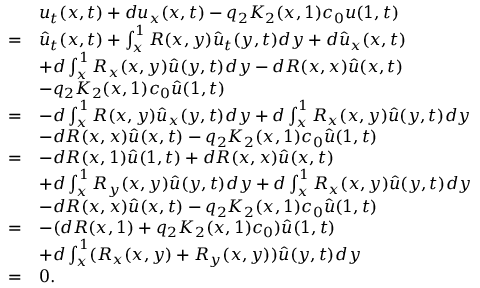
\begin{array} { r l } & { u _ { t } ( x , t ) + d u _ { x } ( x , t ) - q _ { 2 } K _ { 2 } ( x , 1 ) c _ { 0 } u ( 1 , t ) } \\ { = } & { \hat { u } _ { t } ( x , t ) + \int _ { x } ^ { 1 } R ( x , y ) \hat { u } _ { t } ( y , t ) d y + d \hat { u } _ { x } ( x , t ) } \\ & { + d \int _ { x } ^ { 1 } R _ { x } ( x , y ) \hat { u } ( y , t ) d y - d R ( x , x ) \hat { u } ( x , t ) } \\ & { - q _ { 2 } K _ { 2 } ( x , 1 ) c _ { 0 } \hat { u } ( 1 , t ) } \\ { = } & { - d \int _ { x } ^ { 1 } R ( x , y ) \hat { u } _ { x } ( y , t ) d y + d \int _ { x } ^ { 1 } R _ { x } ( x , y ) \hat { u } ( y , t ) d y } \\ & { - d R ( x , x ) \hat { u } ( x , t ) - q _ { 2 } K _ { 2 } ( x , 1 ) c _ { 0 } \hat { u } ( 1 , t ) } \\ { = } & { - d R ( x , 1 ) \hat { u } ( 1 , t ) + d R ( x , x ) \hat { u } ( x , t ) } \\ & { + d \int _ { x } ^ { 1 } R _ { y } ( x , y ) \hat { u } ( y , t ) d y + d \int _ { x } ^ { 1 } R _ { x } ( x , y ) \hat { u } ( y , t ) d y } \\ & { - d R ( x , x ) \hat { u } ( x , t ) - q _ { 2 } K _ { 2 } ( x , 1 ) c _ { 0 } \hat { u } ( 1 , t ) } \\ { = } & { - ( d R ( x , 1 ) + q _ { 2 } K _ { 2 } ( x , 1 ) c _ { 0 } ) \hat { u } ( 1 , t ) } \\ & { + d \int _ { x } ^ { 1 } ( R _ { x } ( x , y ) + R _ { y } ( x , y ) ) \hat { u } ( y , t ) d y } \\ { = } & { 0 . } \end{array}